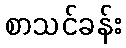
စာသင်ခန်း